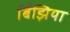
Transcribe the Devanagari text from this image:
बिँझिया